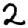
Digit: 2